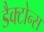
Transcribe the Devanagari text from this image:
डैक्टोन्स